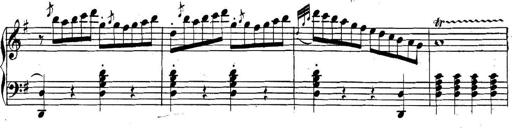
Title: Collected Piano Sonatas
Composer: Muzio Clementi